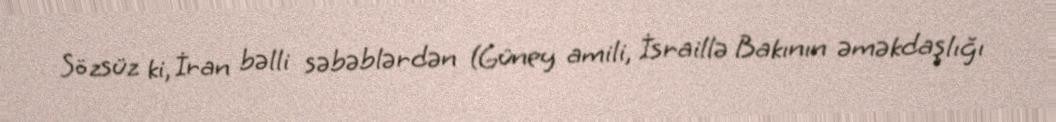
Sözsüz ki, İran bəlli səbəblərdən (Güney amili, İsraillə Bakının əməkdaşlığı